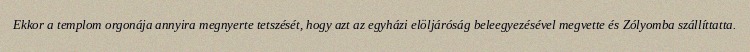
Ekkor a templom orgonája annyira megnyerte tetszését, hogy azt az egyházi elöljáróság beleegyezésével megvette és Zólyomba szállíttatta.